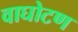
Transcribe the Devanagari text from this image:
वाघोटण